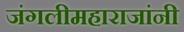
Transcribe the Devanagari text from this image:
जंगलीमहाराजांनी